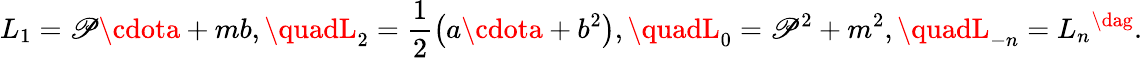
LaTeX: L_{1}=\mathscr{P}\cdota+mb,\quadL_{2}=\frac{1}{2}\left(a\cdota+b^{2}\right),\quadL_{0}=\mathscr{P}^{2}+m^{2},\quadL_{-n}=L_{n}{}^{\dag}.